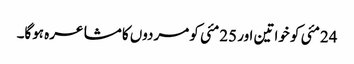
24مئی کو خواتین اور 25مئی کو مردوں کا مشاعرہ ہوگا۔